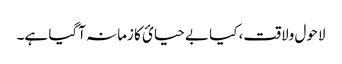
لاحول ولاقت، کیا بے حیائ کا زمانہ آگیا ہے۔